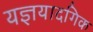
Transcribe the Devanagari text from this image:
यज्ञयादगिक